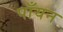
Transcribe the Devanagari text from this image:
पाँयन